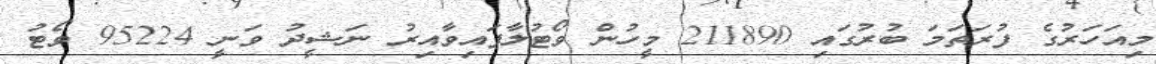
މިއަހަރުގެ ފުރަތަމަ ބުރުގައި 211890 މީހުން ވޯޓުލާފައިވާއިރު ނަޝީދު ވަނީ 95224 ވޯޓު